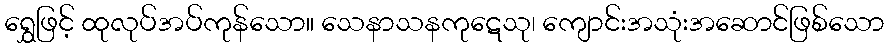
ရွှေဖြင့် ထုလုပ်အပ်ကုန်သော။ သေနာသနကုဋေသု၊ ကျောင်းအသုံးအဆောင်ဖြစ်သော